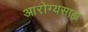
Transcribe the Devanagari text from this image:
आरोग्यसाह्य